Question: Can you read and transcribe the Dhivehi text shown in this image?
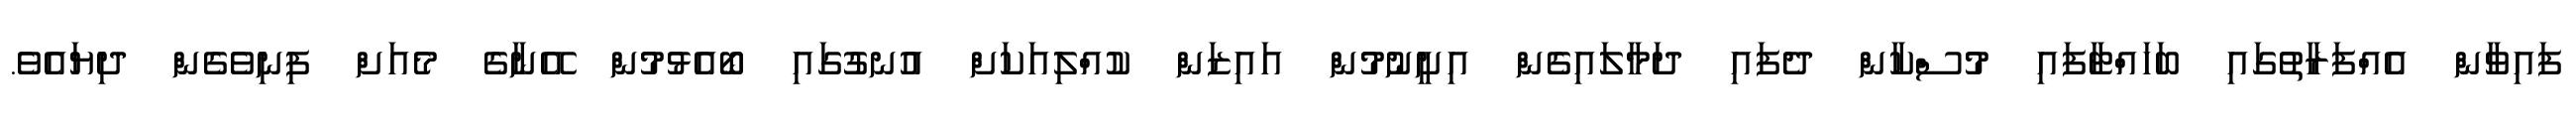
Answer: ފައިވާން އެއްފަރާތުގައި ބަހައްޓާފައި މުސްކާން ދެފައި ދަމާލައިގެން އިށީނުމުން އައިޒަން ކުއްލިއަކަށް އުނގުގައި ބޯއެޅުމުން އޭނާގެ މެއަށް ފިނިވެގެން ދިޔައެވެ.